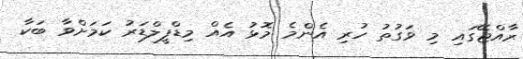
ރާއްޖޭގައި މި ވަގުތު ހުރި އެންމެ މޮޅު އެއް މިޑްފީލްޑަރު ކަމަށްވާ ބަކާ